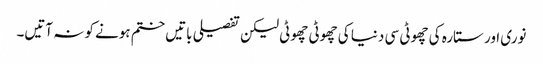
نوری اور ستارہ کی چھوٹی سی دنیا کی چھوٹی چھوٹی لیکن تفصیلی باتیں ختم ہونے کو نہ آتیں۔